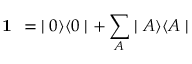
\textbf { 1 } = \; \mid 0 \rangle \langle 0 \mid + \sum _ { A } \mid A \rangle \langle A \mid